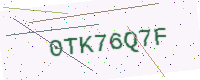
Text: 0TK76Q7F